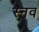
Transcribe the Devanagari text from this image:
स्नव